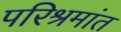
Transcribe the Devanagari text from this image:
परिश्रमांत